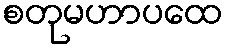
စတုမဟာပထေ